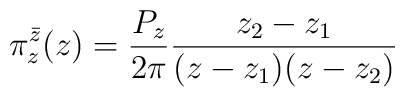
\pi^{\bar z}_{z}(z) =  \frac{P_{z}}{2 \pi} \frac{ z_2 -z_1 }{( z - z_1)( z - z_2)}